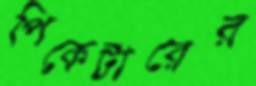
পিকেটারের